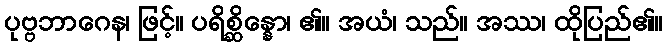
ပုဗ္ဗဘာဂေန၊ ဖြင့်။ ပရိစ္ဆိန္နော၊ ၏။ အယံ၊ သည်။ အဿ၊ ထိုပြည်၏။